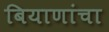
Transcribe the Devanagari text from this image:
बियाणांचा